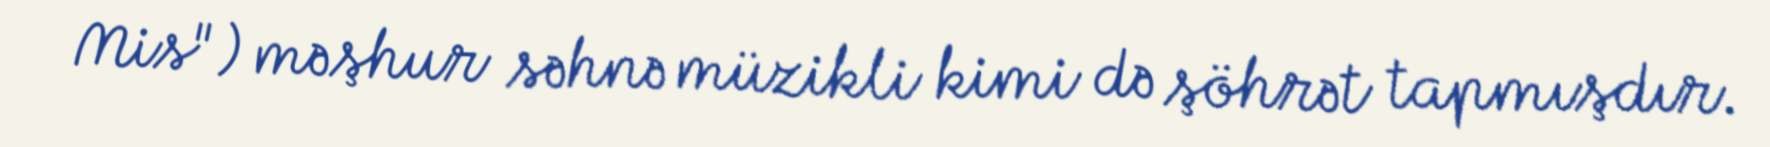
Mis") məşhur səhnə müzikli kimi də şöhrət tapmışdır.